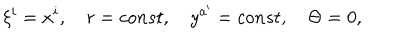
\xi ^ { i } = x ^ { i } , \quad r = c o n s t , \quad y ^ { a ^ { \prime } } = c o n s t , \quad \Theta = 0 ,